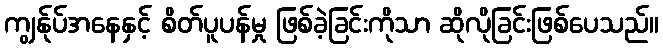
ကျွန်ုပ်အနေနှင့် စိတ်ပူပန်မှု ဖြစ်ခဲ့ခြင်းကိုသာ ဆိုလိုခြင်းဖြစ်ပေသည်။